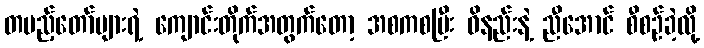
တပည့်တော်များရဲ့ ကျောင်းတိုက်အတွက်တော့ အစကစပြီး ဝိနည်းနဲ့ ညီအောင် စီစဉ်ခဲ့လို့